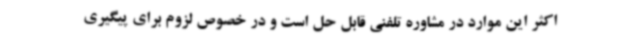
اکثر این موارد در مشاوره تلفنی قابل حل است و در خصوص لزوم برای پیگیری